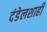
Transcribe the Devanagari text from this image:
दंडेलशाही